Vaccination in Burma 1889-1999 - 1889-1999
Year: 1889
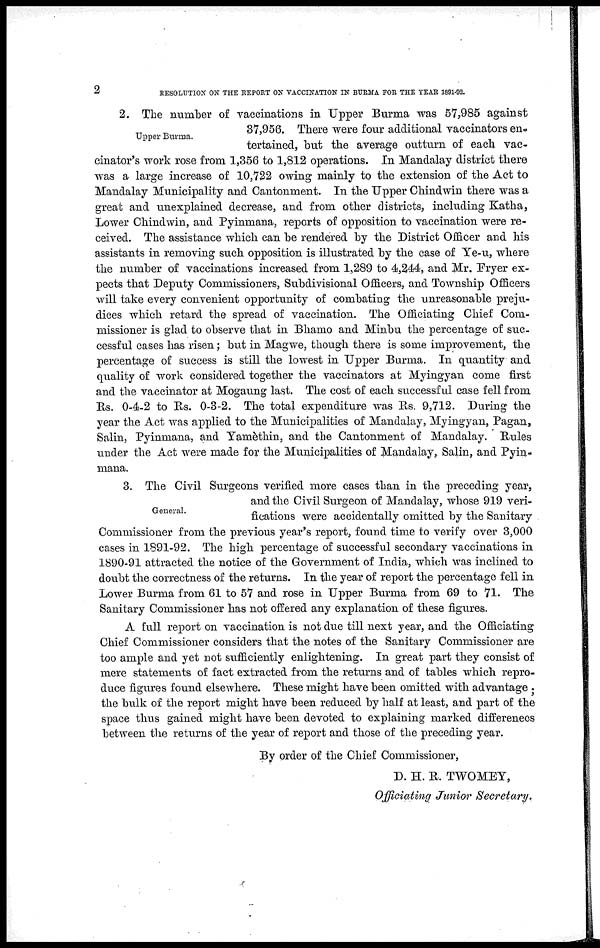
2
RESOLUTION ON THE REPORT ON VACCINATION IN BURMA FOR THE YEAR 1891-92.
Upper Burma.
2. The number of vaccinations in Upper Burma was 57,985 against
37,956. There were four additional vaccinators en-
tertained, but the average outturn of each vac-
cinator's work rose from 1,356 to 1,812 operations. In Mandalay district there
was a large increase of 10,722 owing mainly to the extension of the Act to
Mandalay Municipality and Cantonment. In the Upper Chindwin there was a
great and unexplained decrease, and from other districts, including Katha,
Lower Chindwin, and Pyinmana, reports of opposition to vaccination were re-
ceived. The assistance which can be rendered by the District Officer and his
assistants in removing such opposition is illustrated by the case of Ye-u, where
the number of vaccinations increased from 1,289 to 4,244, and Mr. Fryer ex-
pects that Deputy Commissioners, Subdivisional Officers, and Township Officers
will take every convenient opportunity of combating the unreasonable preju-
dices which retard the spread of vaccination. The Officiating Chief Com-
missioner is glad to observe that in Bhamo and Minbu the percentage of suc-
cessful cases has risen; but in Magwe, though there is some improvement, the
percentage of success is still the lowest in Upper Burma. In quantity and
quality of work considered together the vaccinators at Myingyan come first
and the vaccinator at Mogaung last. The cost of each successful case fell from
Rs. 0-4-2 to Rs. 0-3-2. The total expenditure was Rs. 9,712. During the
year the Act was applied to the Municipalities of Mandalay, Myingyan, Pagan,
Salin, Pyinmana, and Yamèthin, and the Cantonment of Mandalay. Rules
under the Act were made for the Municipalities of Mandalay,. Salin, and Pyin-
mana.
General.
3. The Civil Surgeons verified more cases than in the preceding year,
and the Civil Surgeon of Mandalay, whose 919 veri-
fications were accidentally omitted by the Sanitary
Commissioner from the previous year's report, found time to verify over 3,000
cases in 1891-92. The high percentage of successful secondary vaccinations in
1890-91 attracted the notice of the Government of India, which was inclined to
doubt the correctness of the returns. In the year of report the percentage fell in
Lower Burma from 61 to 57 and rose in Upper Burma from 69 to 71. The
Sanitary Commissioner has not offered any explanation of these figures.
A full report on vaccination is not due till next year, and the Officiating
Chief Commissioner considers that the notes of the Sanitary Commissioner are
too ample and yet not sufficiently enlightening. In great part they consist of
mere statements of fact extracted from the returns and of tables which repro-
duce figures found elsewhere. These might have been omitted with advantage ;
the bulk of the report might have been reduced by half at least, and part of the
space thus gained might have been devoted to explaining marked differences
between the returns of the year of report and those of the preceding year.
By order of the Chief Commissioner,
D. H. R. TWOMEY,
Officiating Junior Secretary.